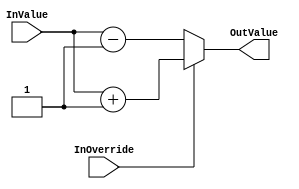
`timescale 1ns/1ps
`default_nettype none
// PLEASE READ THIS, IT MAY SAVE YOU SOME TIME AND MONEY, THANK YOU!
// * This file was generated by Quokka FPGA Toolkit.
// * Generated code is your property, do whatever you want with it
// * Place custom code between [BEGIN USER ***] and [END USER ***].
// * CAUTION: All code outside of [USER] scope is subject to regeneration.
// * Bad things happen sometimes in developer's life,
//   it is recommended to use source control management software (e.g. git, bzr etc) to keep your custom code safe'n'sound.
// * Internal structure of code is subject to change.
//   You can use some of signals in custom code, but most likely they will not exist in future (e.g. will get shorter or gone completely)
// * Please send your feedback, comments, improvement ideas etc. to evmuryshkin@gmail.com
// * Visit https://github.com/EvgenyMuryshkin/QuokkaEvaluation to access latest version of playground
//
// DISCLAIMER:
//   Code comes AS-IS, it is your responsibility to make sure it is working as expected
//   no responsibility will be taken for any loss or damage caused by use of Quokka toolkit.
//
// System configuration name is OverridesComposition_TopLevel_NoOverride, clock frequency is 1Hz, Embedded
// FSM summary
// -- Packages
module OverridesComposition_TopLevel_NoOverride
(
	// [BEGIN USER PORTS]
	// [END USER PORTS]
	input wire InOverride,
	input wire [7:0] InValue,
	output wire [7:0] OutValue
);
	// [BEGIN USER SIGNALS]
	// [END USER SIGNALS]
	localparam HiSignal = 1'b1;
	localparam LoSignal = 1'b0;
	wire Zero = 1'b0;
	wire One = 1'b1;
	wire true = 1'b1;
	wire false = 1'b0;
	wire CombinationalOverridesBase_L16F50T51_Expr = 1'b1;
	wire Inputs_InOverride;
	wire [7: 0] Inputs_InValue;
	wire [7: 0] InternalOffset;
	wire [7: 0] CombinationalOverridesBase_L14F61T77_CombinationalOverridesBase_L24F9L26T10_CombinationalOverridesBase_L25F20T50_CombinationalOverridesBase_L34F9L36T10_CombinationalOverridesBase_L35F20T50_Cast;
	wire [7: 0] CombinationalOverridesBase_L14F80T96_CombinationalOverridesBase_L19F9L21T10_CombinationalOverridesBase_L20F20T50_CombinationalOverridesBase_L29F9L31T10_CombinationalOverridesBase_L30F20T50_Cast;
	wire [7: 0] CombinationalOverridesBase_L14F41T96_WhenTrue;
	wire [7: 0] CombinationalOverridesBase_L14F41T96_WhenFalse;
	wire [7: 0] CombinationalOverridesBase_L14F41T96_Ternary;
	wire [9: 0] CombinationalOverridesBase_L14F61T77_CombinationalOverridesBase_L24F9L26T10_CombinationalOverridesBase_L25F20T50_CombinationalOverridesBase_L34F9L36T10_CombinationalOverridesBase_L35F27T49_Expr;
	wire signed [9: 0] CombinationalOverridesBase_L14F61T77_CombinationalOverridesBase_L24F9L26T10_CombinationalOverridesBase_L25F20T50_CombinationalOverridesBase_L34F9L36T10_CombinationalOverridesBase_L35F27T49_Expr_1;
	wire signed [9: 0] CombinationalOverridesBase_L14F61T77_CombinationalOverridesBase_L24F9L26T10_CombinationalOverridesBase_L25F20T50_CombinationalOverridesBase_L34F9L36T10_CombinationalOverridesBase_L35F27T49_Expr_2;
	wire signed [9: 0] CombinationalOverridesBase_L14F80T96_CombinationalOverridesBase_L19F9L21T10_CombinationalOverridesBase_L20F20T50_CombinationalOverridesBase_L29F9L31T10_CombinationalOverridesBase_L30F27T49_Expr;
	wire signed [9: 0] CombinationalOverridesBase_L14F80T96_CombinationalOverridesBase_L19F9L21T10_CombinationalOverridesBase_L20F20T50_CombinationalOverridesBase_L29F9L31T10_CombinationalOverridesBase_L30F27T49_Expr_1;
	wire signed [9: 0] CombinationalOverridesBase_L14F80T96_CombinationalOverridesBase_L19F9L21T10_CombinationalOverridesBase_L20F20T50_CombinationalOverridesBase_L29F9L31T10_CombinationalOverridesBase_L30F27T49_Expr_2;
	assign CombinationalOverridesBase_L14F61T77_CombinationalOverridesBase_L24F9L26T10_CombinationalOverridesBase_L25F20T50_CombinationalOverridesBase_L34F9L36T10_CombinationalOverridesBase_L35F27T49_Expr = CombinationalOverridesBase_L14F61T77_CombinationalOverridesBase_L24F9L26T10_CombinationalOverridesBase_L25F20T50_CombinationalOverridesBase_L34F9L36T10_CombinationalOverridesBase_L35F27T49_Expr_1 + CombinationalOverridesBase_L14F61T77_CombinationalOverridesBase_L24F9L26T10_CombinationalOverridesBase_L25F20T50_CombinationalOverridesBase_L34F9L36T10_CombinationalOverridesBase_L35F27T49_Expr_2;
	assign CombinationalOverridesBase_L14F80T96_CombinationalOverridesBase_L19F9L21T10_CombinationalOverridesBase_L20F20T50_CombinationalOverridesBase_L29F9L31T10_CombinationalOverridesBase_L30F27T49_Expr = CombinationalOverridesBase_L14F80T96_CombinationalOverridesBase_L19F9L21T10_CombinationalOverridesBase_L20F20T50_CombinationalOverridesBase_L29F9L31T10_CombinationalOverridesBase_L30F27T49_Expr_1 - CombinationalOverridesBase_L14F80T96_CombinationalOverridesBase_L19F9L21T10_CombinationalOverridesBase_L20F20T50_CombinationalOverridesBase_L29F9L31T10_CombinationalOverridesBase_L30F27T49_Expr_2;
	assign CombinationalOverridesBase_L14F41T96_Ternary = (Inputs_InOverride ? CombinationalOverridesBase_L14F41T96_WhenTrue : CombinationalOverridesBase_L14F41T96_WhenFalse);
	assign CombinationalOverridesBase_L14F61T77_CombinationalOverridesBase_L24F9L26T10_CombinationalOverridesBase_L25F20T50_CombinationalOverridesBase_L34F9L36T10_CombinationalOverridesBase_L35F27T49_Expr_1 = {
		{2{1'b0}},
		Inputs_InValue
	}
	;
	assign CombinationalOverridesBase_L14F61T77_CombinationalOverridesBase_L24F9L26T10_CombinationalOverridesBase_L25F20T50_CombinationalOverridesBase_L34F9L36T10_CombinationalOverridesBase_L35F27T49_Expr_2 = {
		{2{1'b0}},
		InternalOffset
	}
	;
	assign CombinationalOverridesBase_L14F80T96_CombinationalOverridesBase_L19F9L21T10_CombinationalOverridesBase_L20F20T50_CombinationalOverridesBase_L29F9L31T10_CombinationalOverridesBase_L30F27T49_Expr_1 = {
		{2{1'b0}},
		Inputs_InValue
	}
	;
	assign CombinationalOverridesBase_L14F80T96_CombinationalOverridesBase_L19F9L21T10_CombinationalOverridesBase_L20F20T50_CombinationalOverridesBase_L29F9L31T10_CombinationalOverridesBase_L30F27T49_Expr_2 = {
		{2{1'b0}},
		InternalOffset
	}
	;
	assign Inputs_InOverride = InOverride;
	assign Inputs_InValue = InValue;
	assign InternalOffset = {
		{7{1'b0}},
		CombinationalOverridesBase_L16F50T51_Expr
	}
	;
	assign CombinationalOverridesBase_L14F61T77_CombinationalOverridesBase_L24F9L26T10_CombinationalOverridesBase_L25F20T50_CombinationalOverridesBase_L34F9L36T10_CombinationalOverridesBase_L35F20T50_Cast = CombinationalOverridesBase_L14F61T77_CombinationalOverridesBase_L24F9L26T10_CombinationalOverridesBase_L25F20T50_CombinationalOverridesBase_L34F9L36T10_CombinationalOverridesBase_L35F27T49_Expr[7:0];
	assign CombinationalOverridesBase_L14F80T96_CombinationalOverridesBase_L19F9L21T10_CombinationalOverridesBase_L20F20T50_CombinationalOverridesBase_L29F9L31T10_CombinationalOverridesBase_L30F20T50_Cast = CombinationalOverridesBase_L14F80T96_CombinationalOverridesBase_L19F9L21T10_CombinationalOverridesBase_L20F20T50_CombinationalOverridesBase_L29F9L31T10_CombinationalOverridesBase_L30F27T49_Expr[7:0];
	assign CombinationalOverridesBase_L14F41T96_WhenTrue = CombinationalOverridesBase_L14F61T77_CombinationalOverridesBase_L24F9L26T10_CombinationalOverridesBase_L25F20T50_CombinationalOverridesBase_L34F9L36T10_CombinationalOverridesBase_L35F20T50_Cast;
	assign CombinationalOverridesBase_L14F41T96_WhenFalse = CombinationalOverridesBase_L14F80T96_CombinationalOverridesBase_L19F9L21T10_CombinationalOverridesBase_L20F20T50_CombinationalOverridesBase_L29F9L31T10_CombinationalOverridesBase_L30F20T50_Cast;
	assign OutValue = CombinationalOverridesBase_L14F41T96_Ternary;
	// [BEGIN USER ARCHITECTURE]
	// [END USER ARCHITECTURE]
endmodule